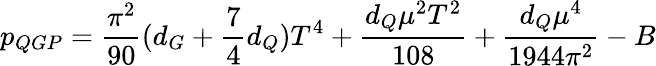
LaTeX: p_{QGP}=\frac{\pi^{2}}{90}(d_{G}+\frac{7}{4}d_{Q})T^{4}+\frac{d_{Q}\mu^{2}T^{2}}{108}+\frac{d_{Q}\mu^{4}}{1944\pi^{2}}-B